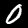
Label: 0